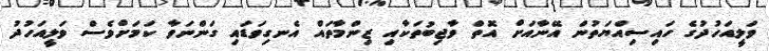
ވަލީއަހުދުގެ ހައިސިއްޔަތުން އޭނާއަށް އޮތް ވާޖިބުތަކާއި ޒިންމާތައް އެނގިވަޑައި ގަންނަވާ ކަމަށްވެސް ވަލީއަހުދު